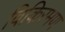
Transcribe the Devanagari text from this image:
विकिरमण